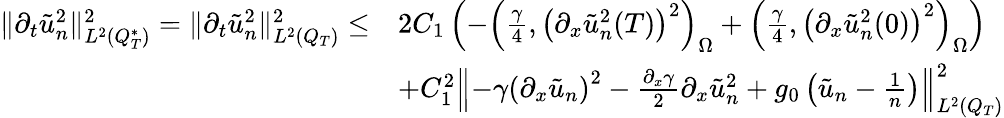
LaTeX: \begin{array}{rl}{\lVert\partial_{t}\tilde{u}_{n}^{2}\rVert_{L^{2}(Q_{T}^{*})}^{2}=\lVert\partial_{t}\tilde{u}_{n}^{2}\rVert_{L^{2}(Q_{T})}^{2}\leq}&{2C_{1}\left(-\left(\frac{\gamma}{4},\left(\partial_{x}\tilde{u}_{n}^{2}(T)\right)^{2}\right)_{\Omega}+\left(\frac{\gamma}{4},\left(\partial_{x}\tilde{u}_{n}^{2}(0)\right)^{2}\right)_{\Omega}\right)}\\ &{+C_{1}^{2}\left\lVert-\gamma\left(\partial_{x}\tilde{u}_{n}\right)^{2}-\frac{\partial_{x}\gamma}{2}\partial_{x}\tilde{u}_{n}^{2}+g_{0}\left(\tilde{u}_{n}-\frac{1}{n}\right)\right\rVert_{L^{2}(Q_{T})}^{2}}\end{array}